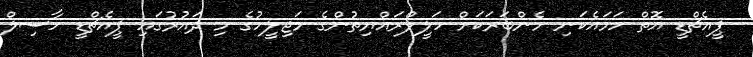
ޕީއެޗްޑީ އޮތް ހަމައެކަނި މެންބަރަކަށް ހަލީލްރައްޔިތުންގެ މަޖިލީހުގެ މި ދައުރުގައި ޕީއެޗްޑީ ހާސިލް